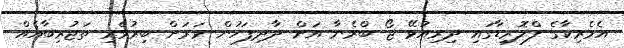
އެމެރިކާގެ ފްލޮރިޑާގައި ދިރިއުޅޭ ޖޯ ބްރެނާ އަށް ދާދިފަހުން ވަރަށް ބިރުވެރި ތަޖުރިބާއެއް